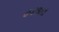
હરજીત